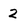
Character: 2